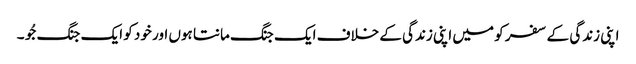
اپنی زندگی کے سفر کو میں اپنی زندگی کے خلاف ایک جنگ مانتا ہوں اور خود کو ایک جنگ جُو ۔